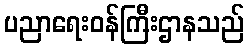
ပညာရေးဝန်ကြီးဌာနသည်